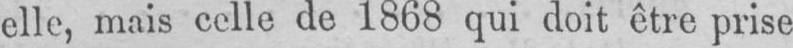
elle, mais celle de 1868 qui doit être prise